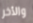
والأخر